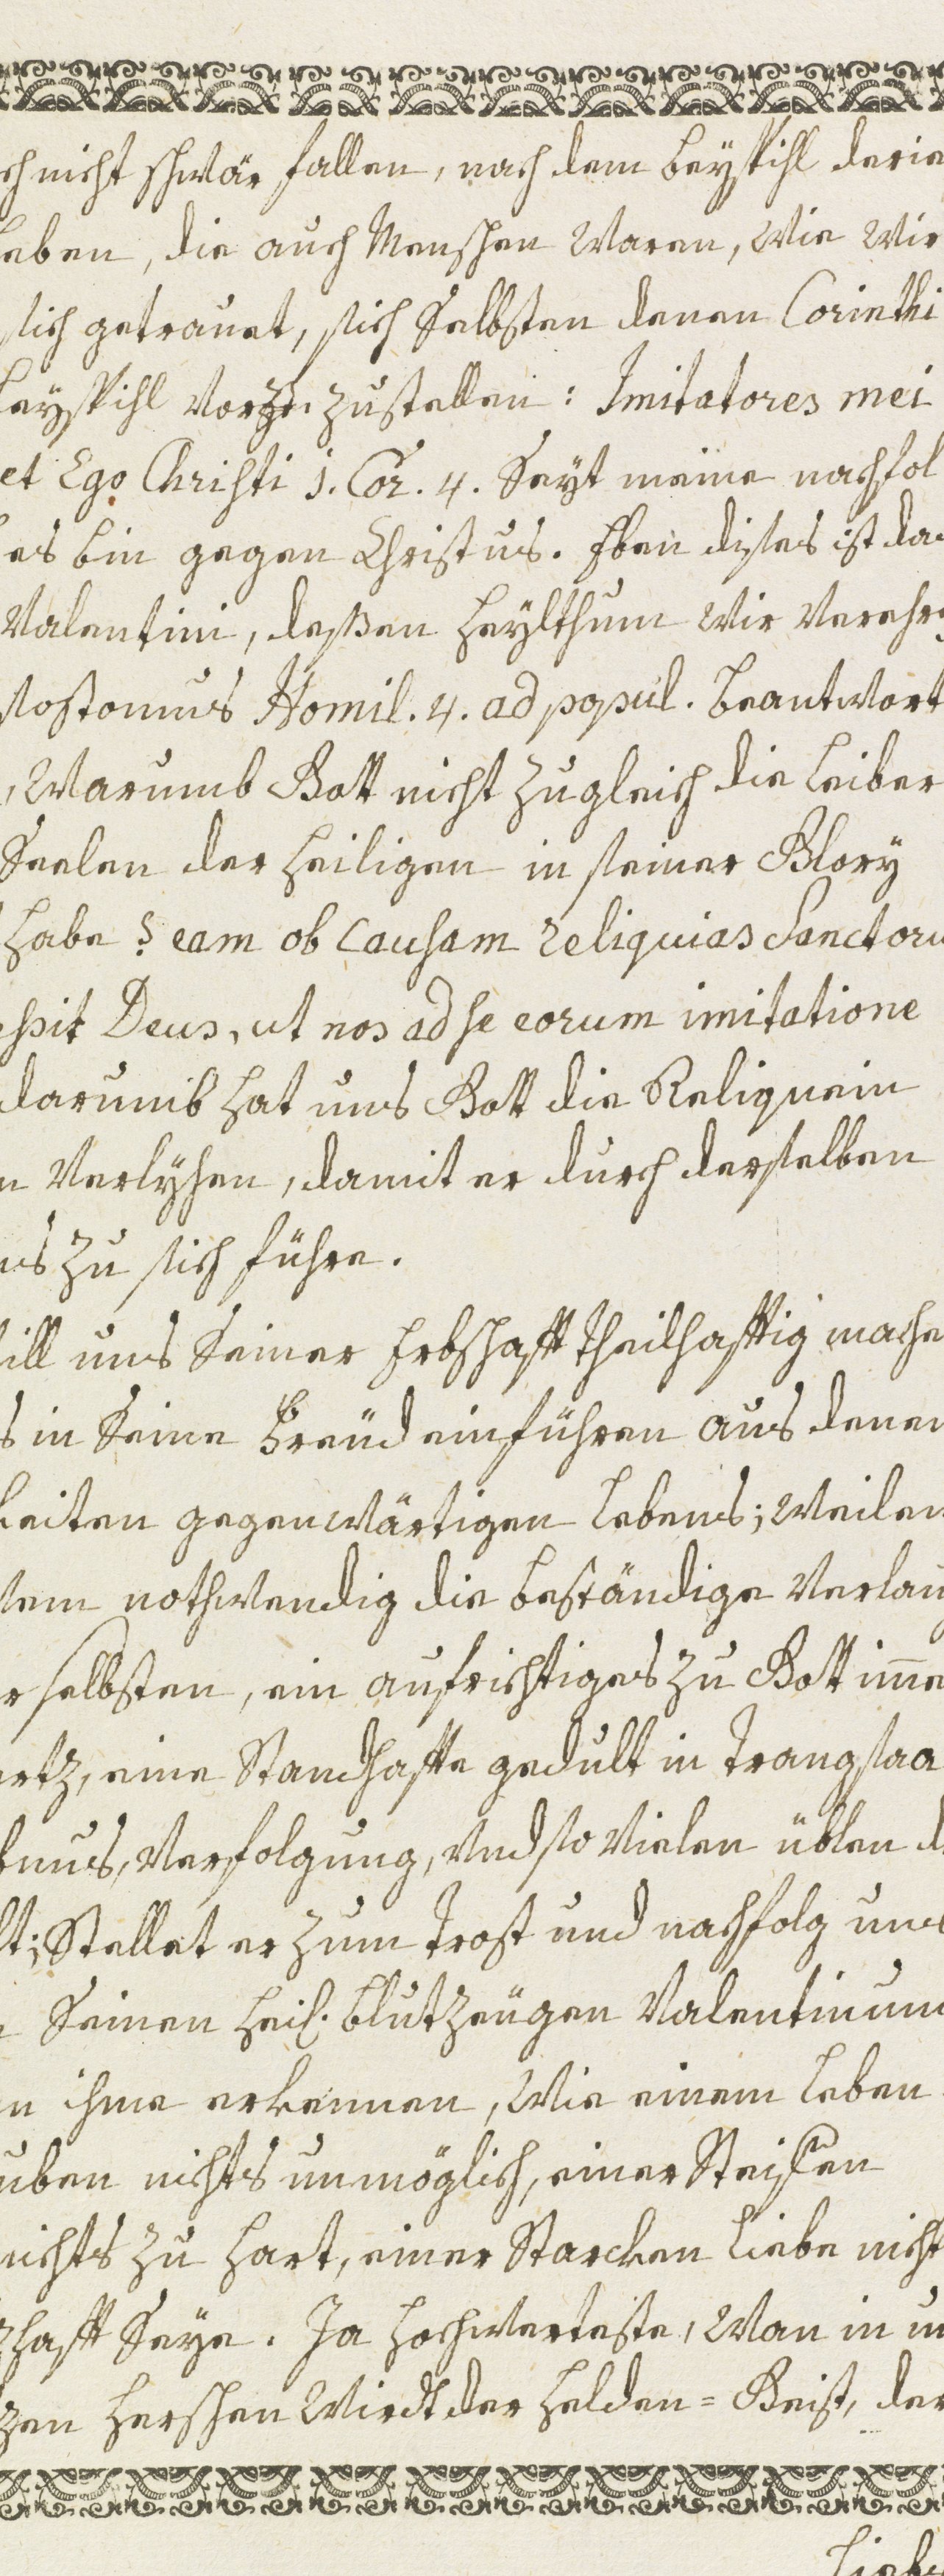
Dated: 1600–1699